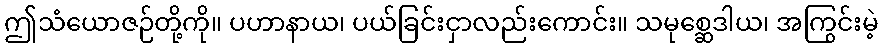
ဤသံယောဇဉ်တို့ကို။ ပဟာနာယ၊ ပယ်ခြင်းငှာလည်းကောင်း။ သမုစ္ဆေဒါယ၊ အကြွင်းမဲ့